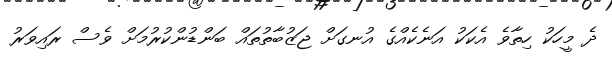
ދެ މީހަކު ހިތާވެ އެކަކު އަނެކެއްގެ އުނގަށް ޖަޒުބާތުތައް ބަންޑުންކުރުމަށް ވެސް ރައިވަރު